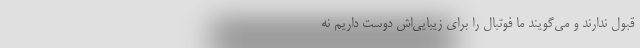
قبول ندارند و می‌گویند ما فوتبال را برای زیبایی‌اش دوست داریم نه